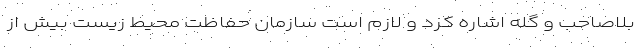
بلاصاحب و گله‌ اشاره کرد و لازم است سازمان حفاظت محیط زیست بیش از